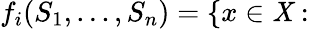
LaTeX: f_{i}(S_{1},...,S_{n})=\{ x\in\mathit{X}: